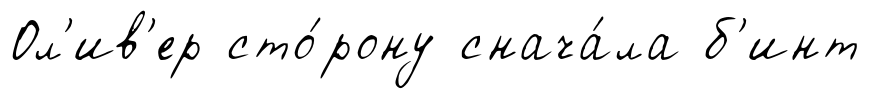
Ол'ив'ер сто́рону снача́ла б'инт